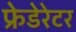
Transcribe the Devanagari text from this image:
फ्रेडेरेटर